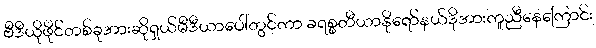
ဗီဒီယိုဖိုင်တစ်ခုအားဆိုရှယ်မီဒီယာပေါ်တွင်ကာ ခရစ္စတီယာနိုရော်နယ်ဒိုအားကူညီနေကြောင်း